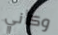
وكأني